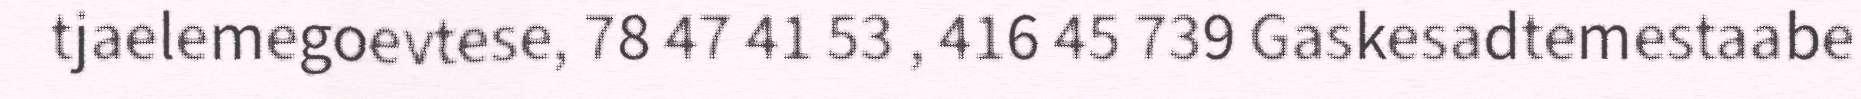
tjaelemegoevtese, 78 47 41 53 , 416 45 739 Gaskesadtemestaabe